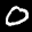
Label: 0